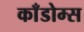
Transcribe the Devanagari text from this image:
काँडोम्स